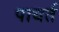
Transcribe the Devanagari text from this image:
पाधर्त